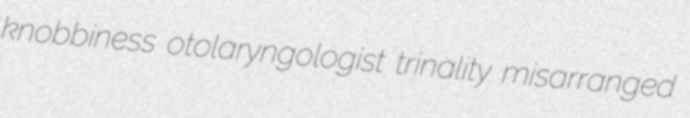
knobbiness otolaryngologist trinality misarranged